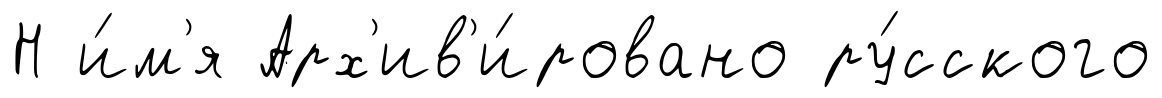
Н и́м'я Арх'ив'и́ровано ру́сского